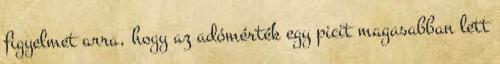
figyelmet arra, hogy az adómérték egy picit magasabban lett